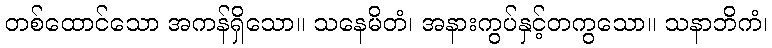
တစ်ထောင်သော အကန်ရှိသော။ သနေမိတံ၊ အနားကွပ်နှင့်တကွသော။ သနာဘိကံ၊